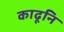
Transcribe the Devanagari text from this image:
काढूनि